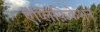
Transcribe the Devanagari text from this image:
ऐंप्लिफ़िकेशन